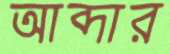
আব্দার